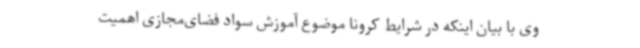
وی با بیان اینکه در شرایط کرونا موضوع آموزش سواد فضای‌مجازی اهمیت